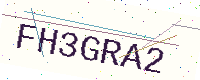
Text: FH3GRA2